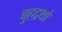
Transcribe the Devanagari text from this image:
बुहद्रथों